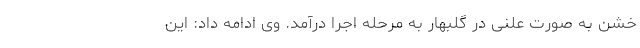
خشن به صورت علنی در گلبهار به مرحله اجرا درآمد. وی ادامه داد: این